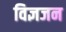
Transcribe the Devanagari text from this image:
विज्ञजन